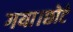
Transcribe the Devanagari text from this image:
गया।छोटे